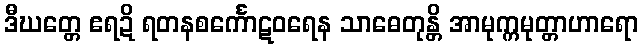
ဒီဃတ္တေ ဧရဍိ ရတနစင်္ကောဋဝရေန သာဓေတုန္တိ အာမုက္ကမုတ္တာဟာရော